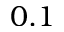
0 . 1